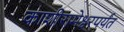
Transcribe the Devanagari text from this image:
काशीरामेश्वरपर्यंत